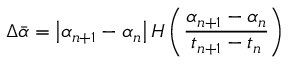
\Delta \bar { \alpha } = \left| \alpha _ { n + 1 } - \alpha _ { n } \right| H \left( \frac { \alpha _ { n + 1 } - \alpha _ { n } } { t _ { n + 1 } - t _ { n } } \right)